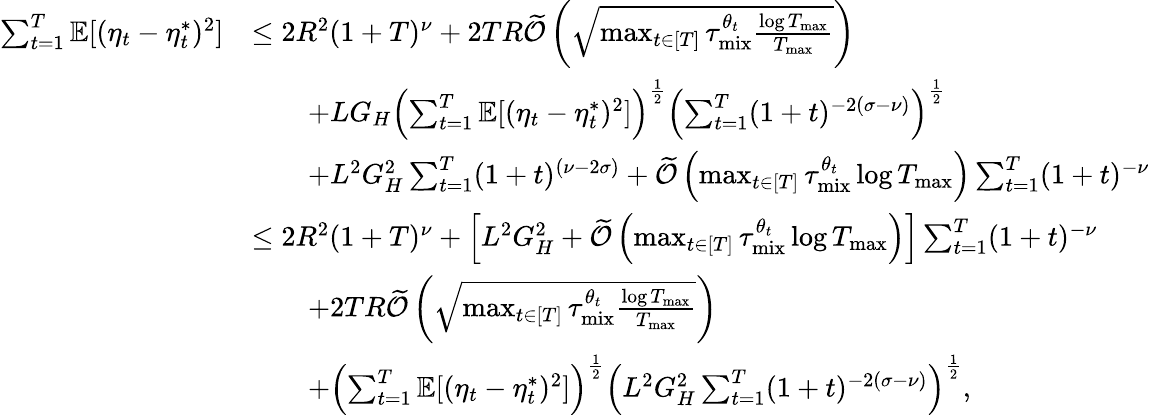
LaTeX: \begin{array}{rl}{\sum_{t=1}^{T}\mathbb{E}[(\eta_{t}-\eta_{t}^{*})^{2}]}&{\leq 2R^{2}(1+T)^{\nu}+2TR\widetilde{\mathcal{O}}\left(\sqrt{\operatorname*{max}_{t\in[T]}\tau_{\mathrm{mix}}^{\theta_{t}}\frac{\log T_{\operatorname*{max}}}{T_{\operatorname*{max}}}}\right)}\\ &{\qquad+LG_{H}\left(\sum_{t=1}^{T}\mathbb{E}[(\eta_{t}-\eta_{t}^{*})^{2}]\right)^{\frac{1}{2}}\left(\sum_{t=1}^{T}(1+t)^{-2(\sigma-\nu)}\right)^{\frac{1}{2}}}\\ &{\qquad+L^{2}G_{H}^{2}\sum_{t=1}^{T}(1+t)^{(\nu-2\sigma)}+\widetilde{\mathcal{O}}\left(\operatorname*{max}_{t\in[T]}\tau_{\mathrm{mix}}^{\theta_{t}}\log T_{\operatorname*{max}}\right)\sum_{t=1}^{T}(1+t)^{-\nu}}\\ &{\leq{2R^{2}(1+T)^{\nu}}+\left[L^{2}G_{H}^{2}+\widetilde{\mathcal{O}}\left(\operatorname*{max}_{t\in[T]}\tau_{\mathrm{mix}}^{\theta_{t}}\log T_{\operatorname*{max}}\right)\right]\sum_{t=1}^{T}(1+t)^{-\nu}}\\ &{\qquad+2TR\widetilde{\mathcal{O}}\left(\sqrt{\operatorname*{max}_{t\in[T]}\tau_{\mathrm{mix}}^{\theta_{t}}\frac{\log T_{\operatorname*{max}}}{T_{\operatorname*{max}}}}\right)}\\ &{\qquad+\left(\sum_{t=1}^{T}\mathbb{E}[(\eta_{t}-\eta_{t}^{*})^{2}]\right)^{\frac{1}{2}}\left(L^{2}G_{H}^{2}\sum_{t=1}^{T}(1+t)^{-2(\sigma-\nu)}\right)^{\frac{1}{2}},}\end{array}